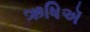
ઋષિઍ